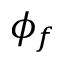
\phi _ { f }